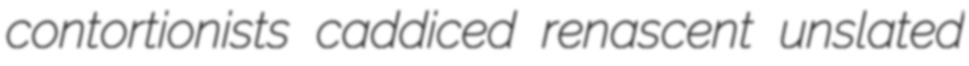
contortionists caddiced renascent unslated